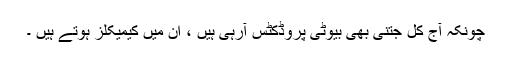
چونکہ آج کل جتنی بھی بیوٹی پروڈکٹس آرہی ہیں ، ان میں کیمیکلز ہوتے ہیں ۔